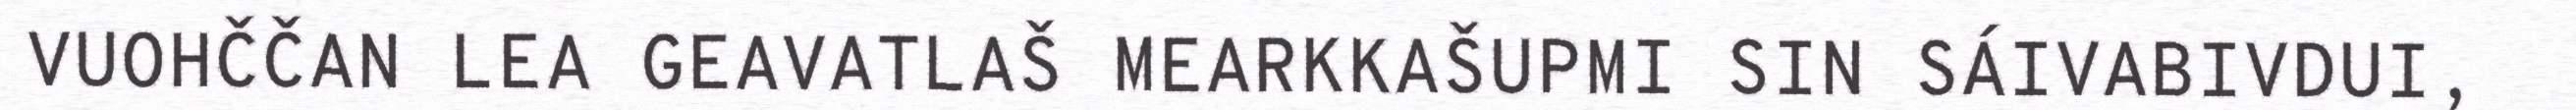
VUOHČČAN LEA GEAVATLAŠ MEARKKAŠUPMI SIN SÁIVABIVDUI,